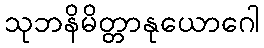
သုဘနိမိတ္တာနုယောဂေါ